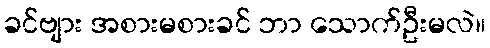
ခင်ဗျား အစားမစားခင် ဘာ သောက်ဦးမလဲ။